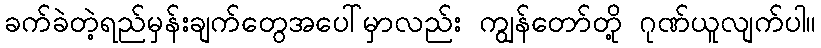
ခက်ခဲတဲ့ရည်မှန်းချက်တွေအပေါ်မှာလည်း ကျွန်တော်တို့ ဂုဏ်ယူလျက်ပါ။